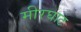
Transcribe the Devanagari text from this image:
मीरघाट